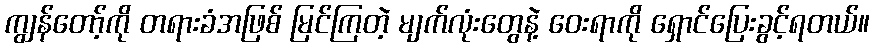
ကျွန်တော့်ကို တရားခံအဖြစ် မြင်ကြတဲ့ မျက်လုံးတွေနဲ့ ဝေးရာကို ရှောင်ပြေးခွင့်ရတယ်။